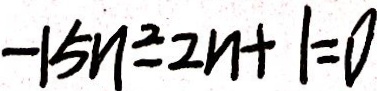
- 1 5 n ^ { 2 } - 2 n + 1 = 0